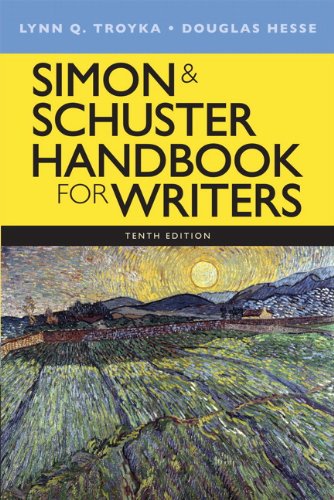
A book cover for Simon & Schuster Handbook for Writers (10th Edition); Lynn Q. Troyka; Reference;